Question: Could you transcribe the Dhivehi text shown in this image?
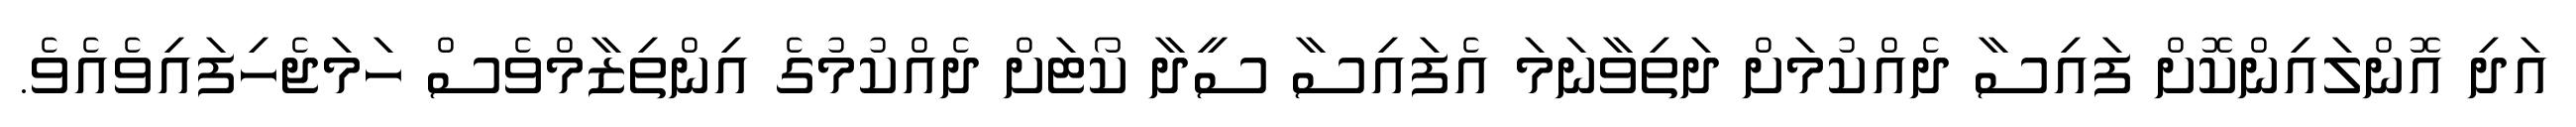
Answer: އަދި އޮންލައިންކޮށް ފައިސާ ދެއްކުމަށް ދަތިވާނަމަ އެފައިސާ ސީދާ ކޯޓަށް ދެއްކުމުގެ އިންތިޒާމްވެސް ހަމަޖެހިފައިވެއެވެ.